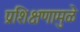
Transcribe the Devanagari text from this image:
प्रशिक्षणामुळे